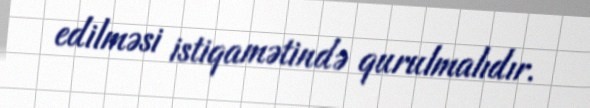
edilməsi istiqamətində qurulmalıdır.